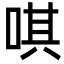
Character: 唭